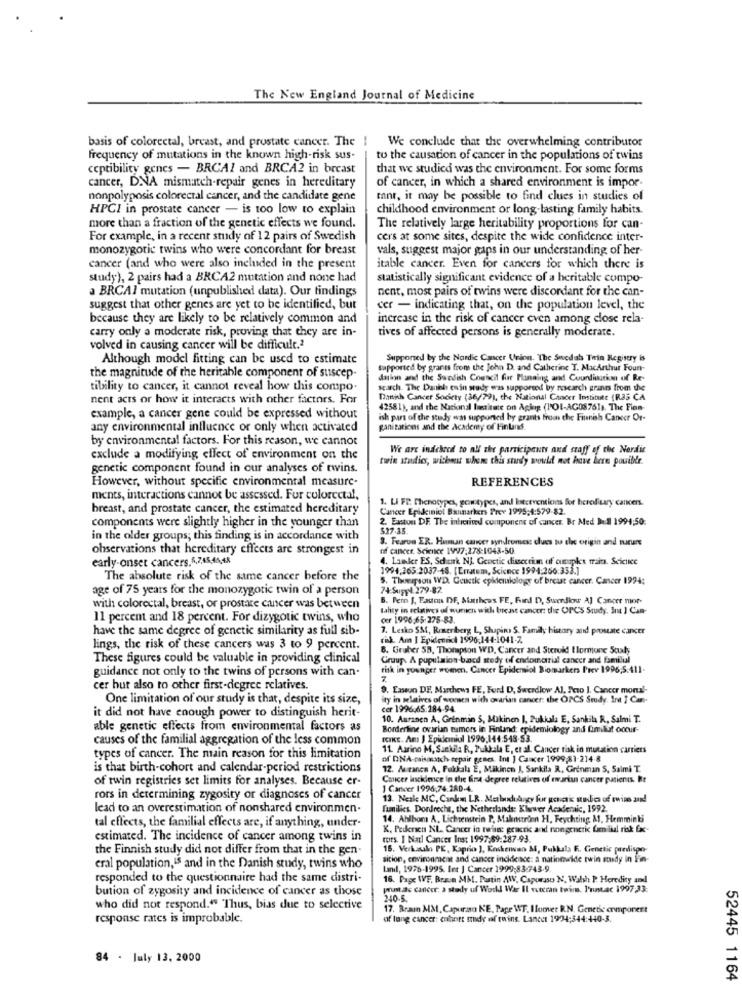
The New England Journal of Medicine
basis of colorectal, breast, and prostate cancer. The !
We conclude that the overwhelming contributor
frequency of mutations in the known high-risk sus-
to the causation of cancer in the populations of twins
ceptibility genes - BRCAI and BRCA2 in breast
that we studied was the environment. For some forms
cancer, DNA mismatch-repair genes in hereditary
of cancer, in which a shared environment is impor-
nonpolyposis colorectal cancer, and the candidate gene
tnt, it may be possible to find clues in studies of
HPCI in prostate cancer - is too low to explain
childhood environment or long-lasting family habits.
more than a fraction of the genetic effects we found.
The relatively large heritability proportions for can-
For example, in a recent study of 12 pairs of Swedish
cers at some sites, despite the wide confidence inter-
monozygotic twins who were concordant for breast
vals, suggest major gaps in our understanding of her-
cancer (and who were also included in the present
itable cancer. Even for cancers for which there is
study), 2 pairs had a BRCA2 mutation and none had
statistically significant evidence of a heritable compo-
a BRCAI mutation (unpublished data). Our tindings
nent, most pairs of twins were discordant for the can-
suggest that other genes are yet to be identified, but
cer - indicating that, on the population level, the
because they are likely to be relatively common and
increase in the risk of cancer even among close rela-
carry only a moderate risk, proving that they are in-
tives of affected persons is generally moderate.
volved in causing cancer will be difficult.2
Although model fitting can be used to estimate
Supported by the Nordic Cancer Vrion. The Swedish Trin Registry is
supported by grants from the John D. and Catherine T. MacArthur Foun-
the magnitude of the heritahle component of suscep-
dation and the Swedish Council for Planaing and Countingtim of Re-
tibility to cancer, it cannot reveal how this compo
search. The Danish enin study was supported by rescarch grants from the
nent acts or how it interacts with other factors. For
Daich Cancer Society (36/79), the National Cancer Institute (R35 CA
42581), and the National lustitare on Aging (POL-AG08761s. The Fien-
example, a cancer gene could be expressed without
ish purs of the study was supported by grants from the Finnish Cancer Or-
any environmental influence or only when activated
gani tations and the Academy of Finland.
by environmental factors. For this reason, we cannot
We are indebecd to all the participants and staff of the Nordic
exclude a modifying effect of environment on the
twin studies, wichen when this sturdy would not have here pouille.
genetic component found in our analyses of twins.
However, without specific environmental measure-
REFERENCES
ments, interactions cannot be assessed. For colorectal,
1. LI FP. Phenotypes, goatypes, and Estceventions for herofiary cancers.
breast, and prostate cancer, the estimated hereditary
Cancer Epideiniol Bamarkers Prev 1995;4:579-82.
2. Easton DF. The inherited component of cancer. Br Med MI 1994:50:
components were slightly higher in the younger than
$27-35.
in the older groups; this finding is in accordance with
3. Fearve ER. Hunun cancer syndromes: clues tu the origin and nature
observations that hereditary effects are strongest in
of cancer. Science 1997:278-1043-50
early-onset cancers.5,7,45,46,48
4. Lander ES, Schurk NJ. Geoctic dissectiun of ouupket traits. Science
1991;263.2037-18. [Erratum, Science 1994:266:333.]
The absolute risk of the same cancer before the
5. Thomason WD. Goutk epidemiology of breast cancer. Cancer 1994:
age of 75 years for the monozygotic twin of a person
74 Sugyel 279-82.
6. Pern J, Fauna OF, Matthews FE, Find D), Swerdlow A] Cancer mor-
with colorectal, breast, or prostate cancer was between
tality in relatives of wuren with breast cancer: the OPCS Study. In I Can-
11 percent and 18 percent. For dizygotic twins, who
cer 1996,65:275-83.
have the same degree of genetic similarity as full sib-
7. Lesko SM, Rosenberg L, Shaping S. Family history and prostate cancer
risk. Am | Epidemiicl 1990:144-1041-7
lings, the risk of these cancers was 3 to 9 percent.
8. Gruber 5B. Thompson WD, Cancer and Sterok! Ilormone Study
These figures could be valuable in providing clinical
Gruup. A pupulsion bacd study of endometrial cancer and familial
guidance not only to the twins of persons with can-
risk in younger women. Cancer Epidemiol Biomarkers Prev 1996,5.411-
cer but also to other first-degree relatives.
8. Laseun DE, Marchewa FE, Ford D, Swerdlow Al, Pero ], Cancer moru !-
One limitation of our study is that, despite its size,
ity in relatives of women with ovarian cancer: the OPCS Study. Int ] Can-
cer 1996:65:284-94.
it did not have enough power to distinguish herit-
10. Auranen A, Grenmin S, Makinen I, Pukkala E, Sankila R ., Salmi T.
able genetic effects from environmental factors as
Borderline ovarian tumors in Finland: epidemiology and fumilut oocur-
causes of the familial aggregation of the less common
DIKE. Am J Epidemiul 1996,144:548-53.
11. Aurino M, Sankila R, Pulala E, et al. Cancer risk in mutation carriers
types of cancer. The main reason for this limitation
of DNA-maismatch repair genes. Int | Cancer 1999;81-214-8
is that birth-cohort and calendar-period restrictions
12. Au ranca A, Pakkala E, Mäkinen J, Sankila R, Grinman S, Salmi T.
of twin registries set limits for analyses. Because er-
Cancer losckimce in the line degree relatives of markus cancer patients. Bt
1 Cancer 1996,74:280-4.
rors in determining zygosity or diagnoses of cancer
13. Nesle MC, Cankm LR. Malachi hogy fur gonctk miles of twins and
lead to an overestimation of nonshared environmen-
Families. Dordrecht, the Netherlands: Kluwer Acaderaic, 1992.
14. Ahlbom A, Lichtenstein P, Malenstronn H, Feychting A1, Hemminki
tal effects, the familial effects are, if anything, under-
K. Pedersen NL. Cancer in twins gewerk and nongeneric familial risk fx
estimated. The incidence of cancer among twins in
tors. I Natl Cancer Ins: 1997:59:287-93.
the Finnish study did not differ from that in the gen-
15. Verkalo PE, Kaprio ), Keskenvan M, Pukkala F. Genetic predispo-
sition, environment and cancer incidence: a nationwide twin study In Fin-
cral population,Is and in the Danish study, twins who
land, 1978-1995. Int | Cancer 1999;83-743-9.
responded to the questionnaire had the same distri-
16. Page IVF, Braun MM. Pastin AW, Capuraso N. Walsh P. Heredity and
bution of zygosity and incidence of cancer as those
prust.ac cancer: a study uf World War Il outran twin. Prinstac 1997,33:
240-5.
who did not respond." Thus, bias due to selective
17. Brain MM, Capurso KE, Pape WT. Iomer R.N. Genede arimponert
response rates is improbable.
of lung cancer: chort mide af twins. Lancet 1974:344:440-3.
84 - July 13, 2000
52445 1164